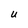
Character: U